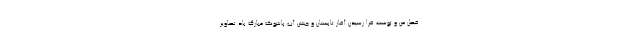
فصل من و توست فرا رسیدن آغاز تابستان و جشن آب پاشونک مبارک باد تصاویر